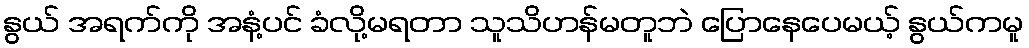
နွယ် အရက်ကို အနံ့ပင် ခံလို့မရတာ သူသိဟန်မတူဘဲ ပြောနေပေမယ့် နွယ်ကမူ